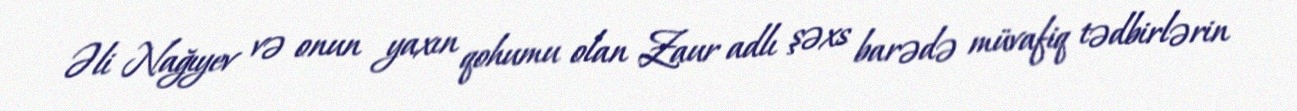
Əli Nağıyev və onun yaxın qohumu olan Zaur adlı şəxs barədə müvafiq tədbirlərin